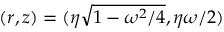
( r , z ) = ( \eta \sqrt { 1 - \omega ^ { 2 } / 4 } , \eta \omega / 2 )